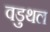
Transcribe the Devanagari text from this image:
वडुथल